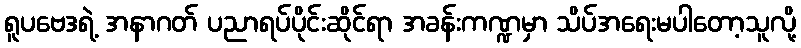
ရူပဗေဒရဲ့ အနာဂတ် ပညာရပ်ပိုင်းဆိုင်ရာ အခန်းကဏ္ဍမှာ သိပ်အရေးမပါတော့သူလို့